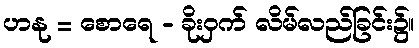
ဟနု = စောရေ - ခိုးဝှက် လိမ်လည်ခြင်း၌။